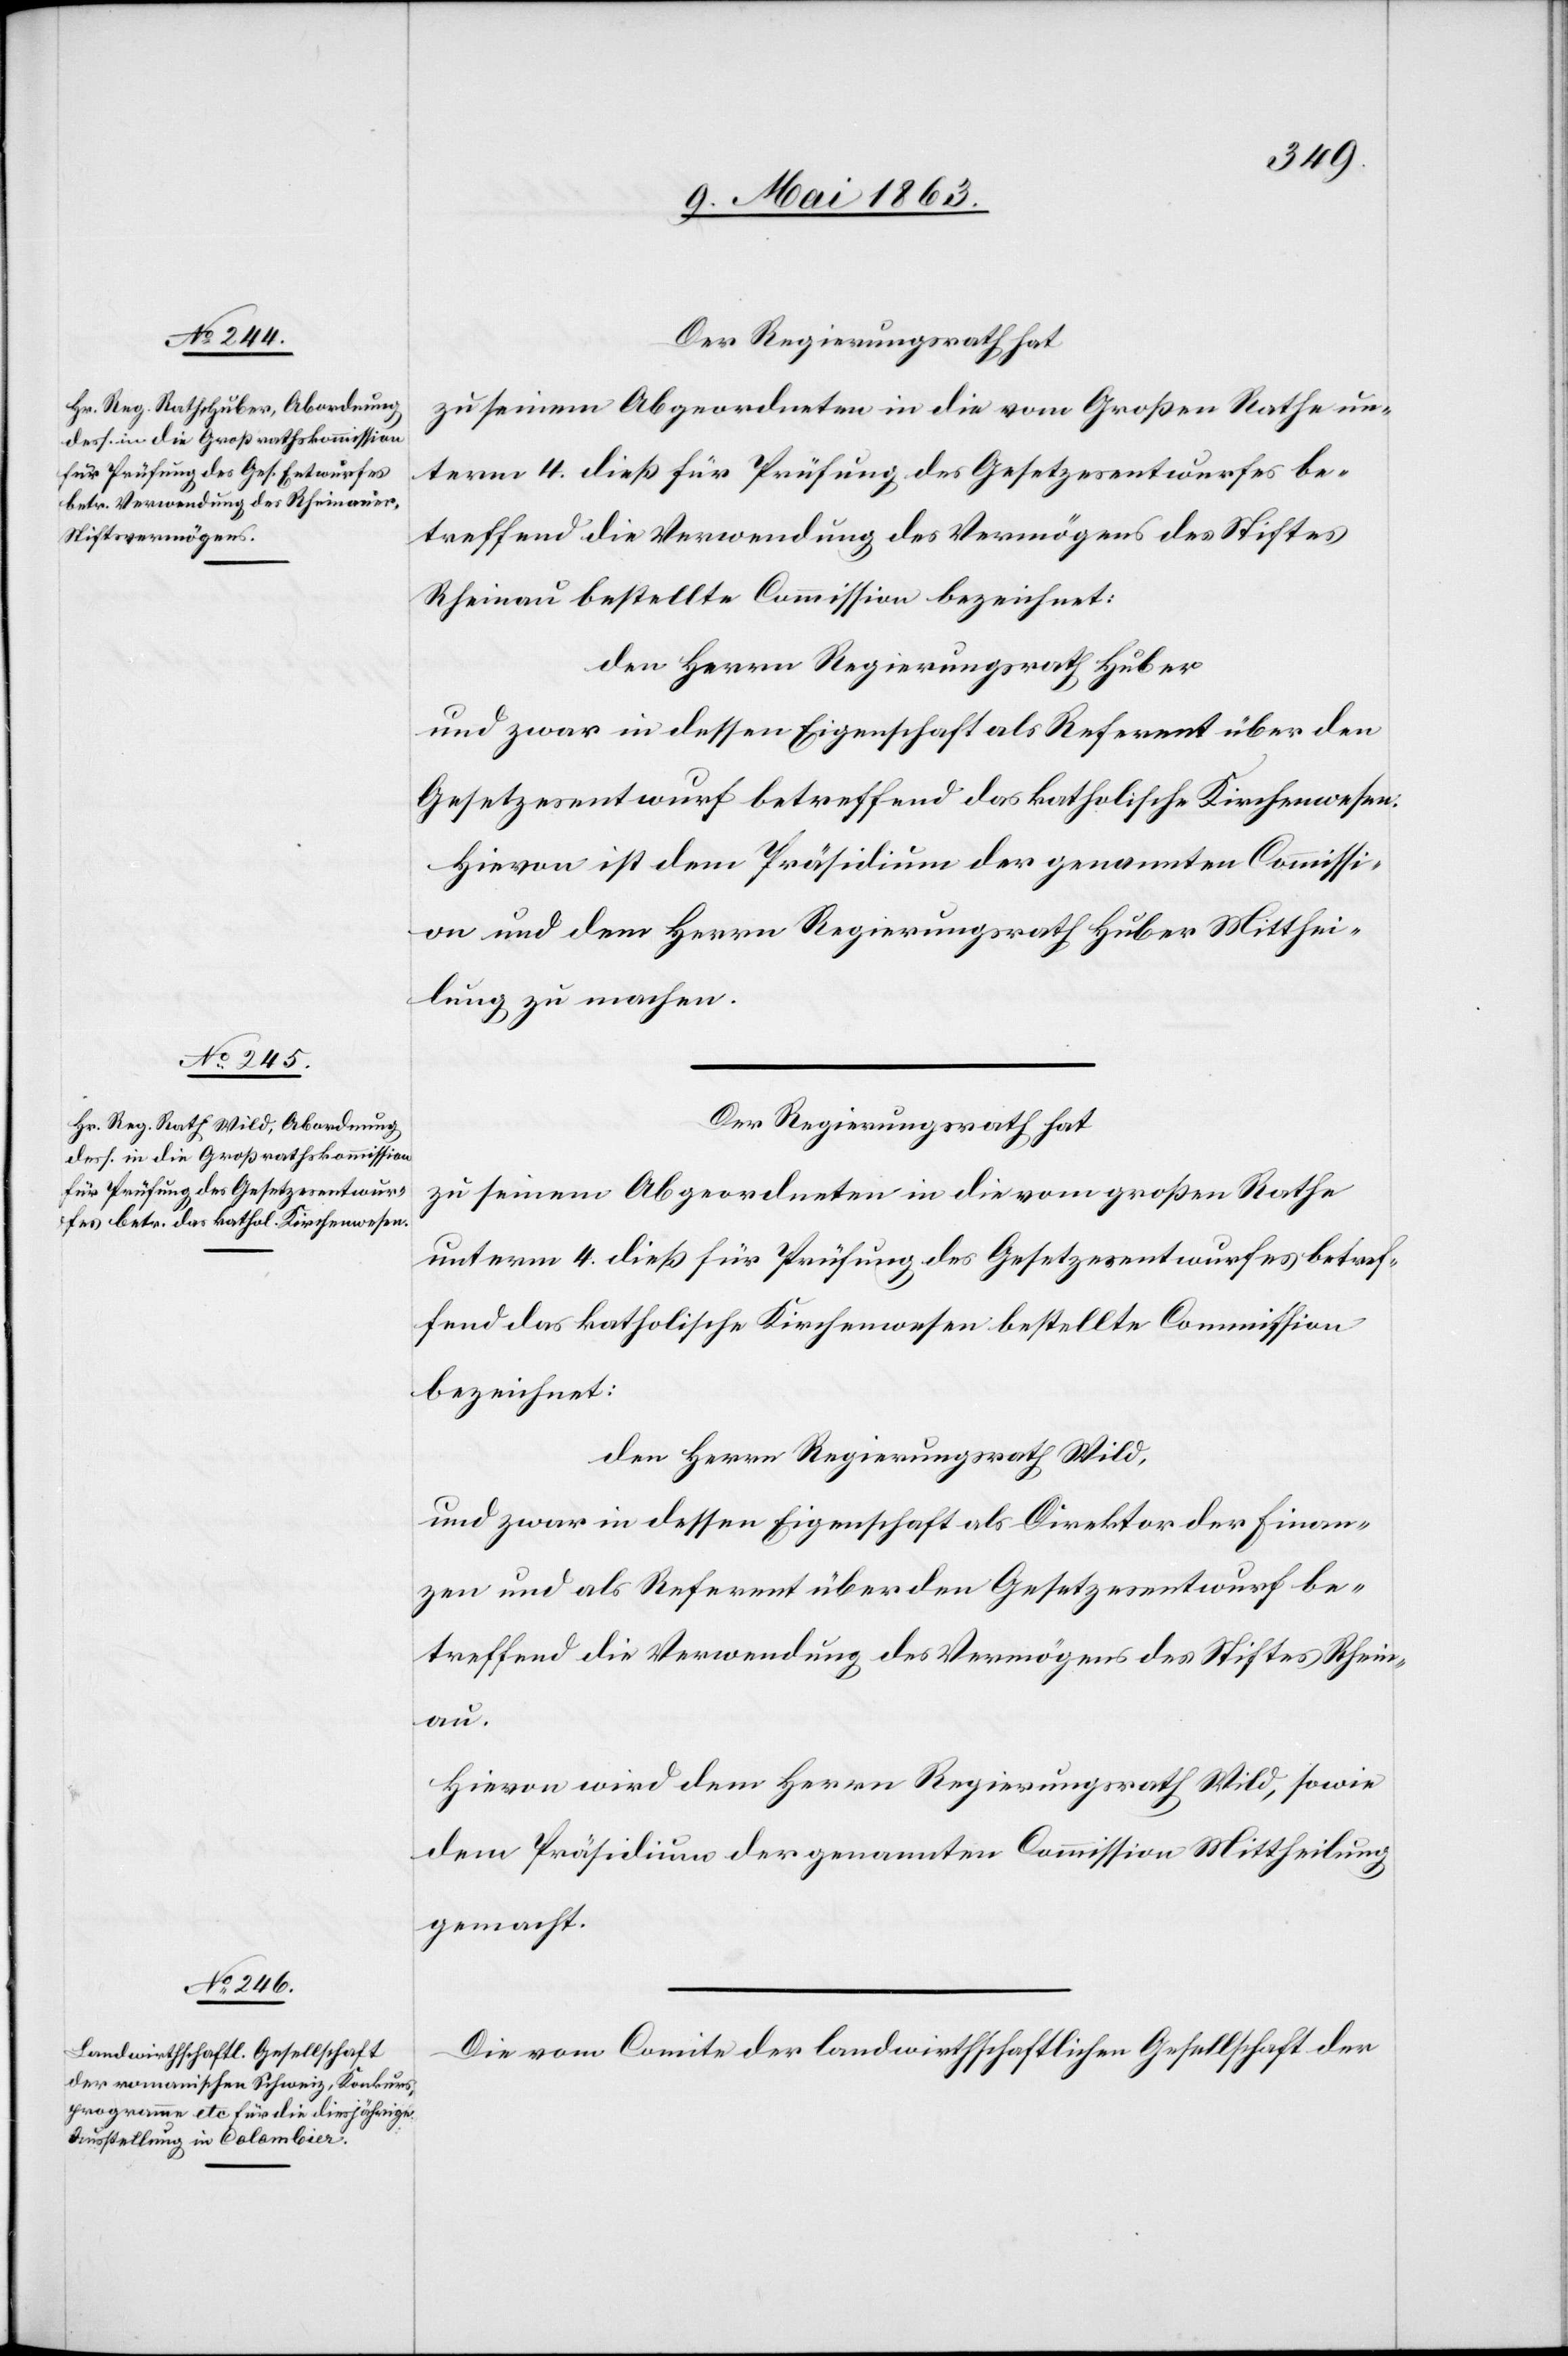
Der Regierungsrath hat
zu seinem Abgeordneten in die vom Großen Rathe un¬
term 4. dieß für Prüfung des Gesetzesentwurfes be¬
treffend die Verwendung des Vermögens des Stiftes
Rheinau bestellte Commission bezeichnet:
den Herrn Regierungsrath Huber
und zwar in dessen Eigenschaft als Referent über den
Gesetzesentwurf betreffend das katholische Kirchenwesen.
Hievon ist dem Präsidium der genannten Commissi¬
on und dem Herrn Regierungsrath Huber Mitthei¬
lung zu machen.
Der Regierungsrath hat
zu seinem Abgeordneten in die vom großen Rathe
unterm 4. dieß für Prüfung des Gesetzesentwurfes betref¬
fend das katholische Kirchenwesen bestellte Commission
bezeichnet:
den Herrn Regierungsrath Wild,
und zwar in dessen Eigenschaft als Direktion der Finan¬
zen und als Referent über den Gesetzesentwurf be¬
treffend die Verwendung des Vermögens des Stiftes Rhein¬
au.
Hievon wird dem Herrn Regierungsrath Wild, sowie
dem Präsidium der genannten Commission Mittheilung
gemacht.
Die vom Comite der landwirthschaftlichen Gesellschaft der